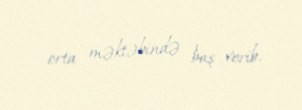
orta məktəbində baş verib.